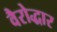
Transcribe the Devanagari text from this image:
वैरोद्धार